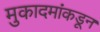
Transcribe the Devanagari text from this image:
मुकादमांकडून